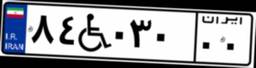
۱۵W۲۲۴۶۷